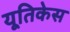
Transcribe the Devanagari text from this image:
यूतिकेस